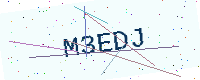
Text: M3EDJ